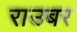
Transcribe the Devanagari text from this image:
राउबर